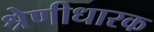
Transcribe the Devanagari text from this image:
श्रेणीधारक